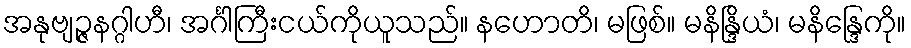
အနုဗျဉ္ဇနဂ္ဂါဟီ၊ အင်္ဂါကြီးငယ်ကိုယူသည်။ နဟောတိ၊ မဖြစ်။ မနိန္ဒြိယံ၊ မနိန္ဒြေကို။